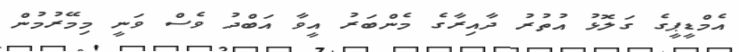
އެމްޑީޕީގެ ގަލޮޅު އުތުރު ދާއިރާގެ މެންބަރު އީވާ އަބްދު ވެސް ވަނީ މިމޭރުމުން